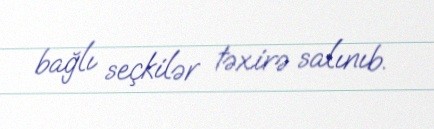
bağlı seçkilər təxirə salınıb.